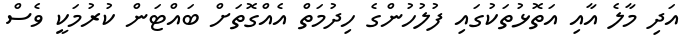
އަދި މާލެ އާއި އަތޮޅުތަކުގައި ފުލުހުންގެ ހިދުމަތް އެއްގޮތަށް ބައްޓަން ކުރުމަކީ ވެސް